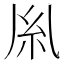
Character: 𫃛